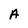
Character: A